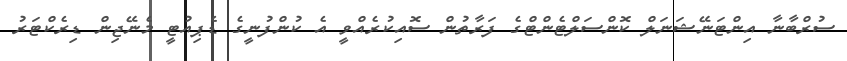
ސުރްބާނާ އިންޓަނޭޝަނަލް ކޮންސަލްޓެންޓްގެ ފަރާތުން ސޮއިކުރެއްވީ އެ ކުންފުނީގެ ޑެޕިއުޓީ މެނޭޖިން ޑިރެކްޓަރު